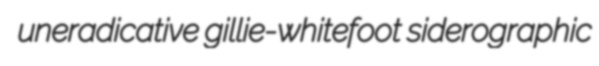
uneradicative gillie-whitefoot siderographic